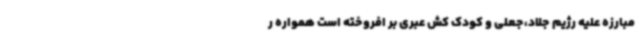
مبارزه علیه رژیم جلاد،جعلی و کودک کش عبری بر افروخته است همواره ر